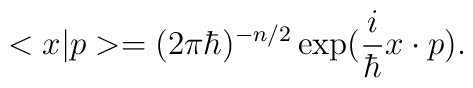
<x|p>= (2\pi\hbar)^{-n/2} \exp(\frac{i}{\hbar}x \cdot p).